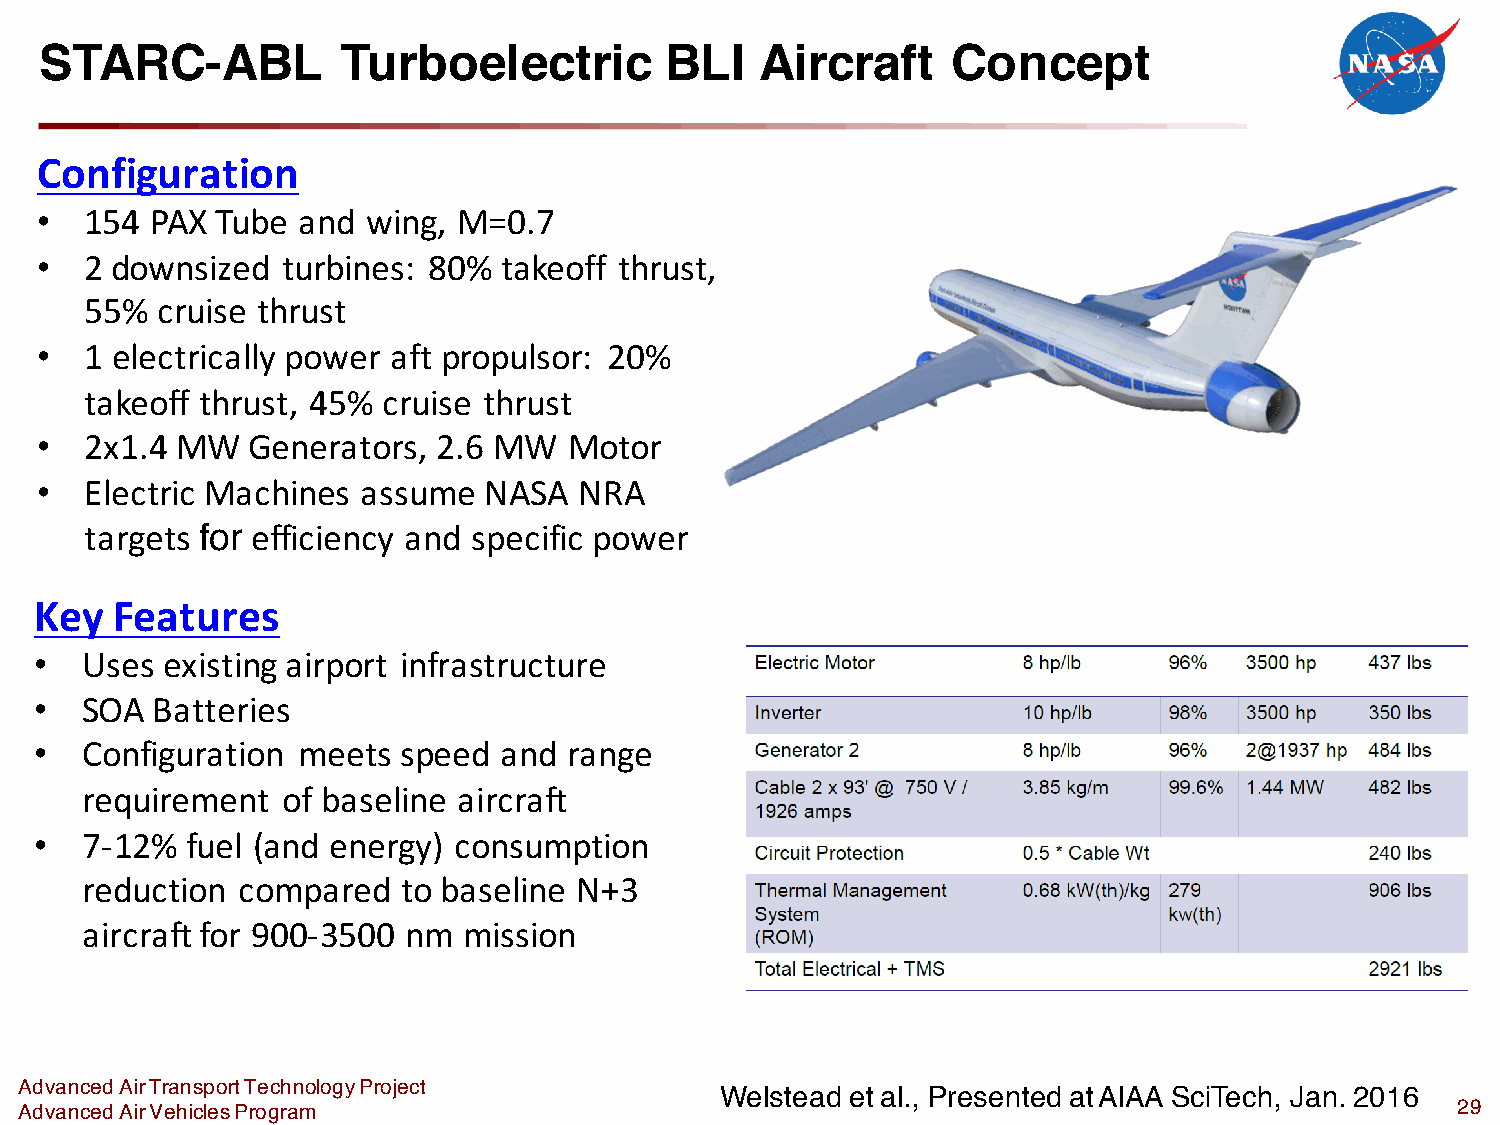
STARC-ABL           Turboelectric        BLI   Aircraft     Concept
 Configuration
 •   154 PAX Tube  and wing, M=0.7
 •   2 downsized  turbines: 80% takeoff thrust,
 55% cruise thrust
 •   1 electrically power aft propulsor: 20%
 takeoff thrust, 45% cruise thrust
 •   2x1.4 MW  Generators,  2.6 MW   Motor
 •   Electric Machines assume  NASA  NRA
 targets for efficiency and specific power
 Key   Features
 •  Uses  existing airport infrastructure
 •  SOA  Batteries
 •  Configuration  meets  speed and  range
 requirement   of baseline aircraft
 •  7-12%  fuel (and energy) consumption
 reduction  compared   to baseline N+3
 aircraft for 900-3500 nm  mission
 Advanced Air Transport Technology Project
 Welstead et al., Presented at AIAA SciTech, Jan. 2016
 Advanced Air Vehicles Program                                                                  29